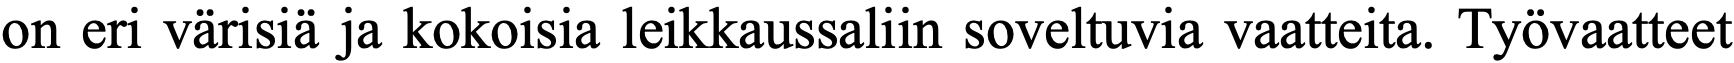
on eri värisiä ja kokoisia leikkaussaliin soveltuvia vaatteita. Työvaatteet